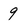
Character: 9